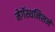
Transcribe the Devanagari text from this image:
मेगॅस्थनिसने